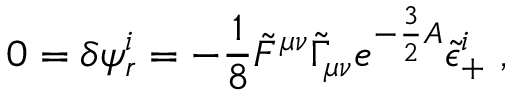
0 = \delta \psi _ { r } ^ { i } = - { \frac { 1 } { 8 } } \tilde { F } ^ { \mu \nu } \tilde { \Gamma } _ { \mu \nu } e ^ { - { \frac { 3 } { 2 } } A } \tilde { \epsilon } _ { + } ^ { i } \ ,